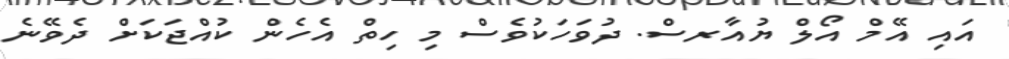
އައި އޭމް އޯލް ޔުއާރސް. ދުވަހަކުވެސް މި ހިތް އެހެން ކުއްޖަކަށް ދެވޭނެ